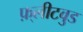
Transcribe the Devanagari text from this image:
फ़्लीटवुड